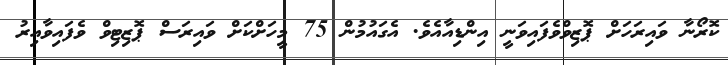
ކޮރޯނާ ވައިރަހަށް ޕޮޒިިވްވެފައިވަނީ އިންޑިއާއެވެ. އެގައުމުން 75 މީހަށްކަށް ވައިރަސް ޕޮޒިޓިވް ވެފައިވާއިރު